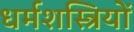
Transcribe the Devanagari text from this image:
धर्मशस्त्रियों